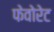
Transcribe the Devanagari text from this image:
फेवोरेट